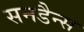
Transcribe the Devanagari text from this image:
सनडैन्स